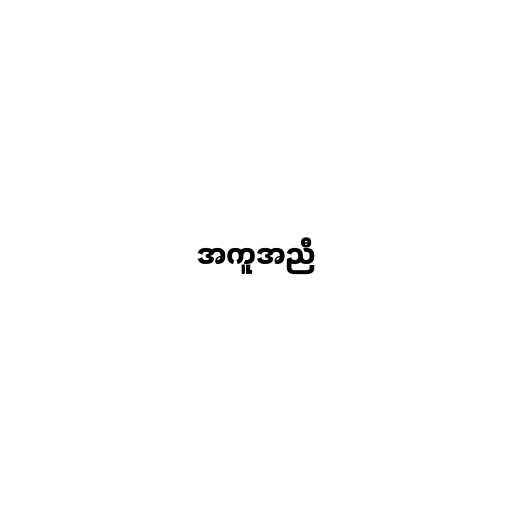
အကူအညီ